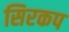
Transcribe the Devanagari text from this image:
सिरकप